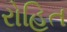
રોહિત